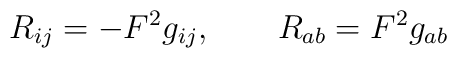
R_{ij} = -F^2 g_{ij}, \qquad R_{ab} = F^2 g_{ab}